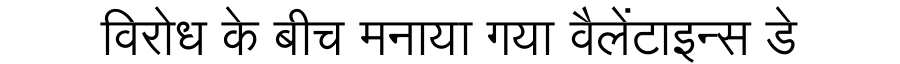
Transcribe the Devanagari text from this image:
विरोध के बीच मनाया गया वैलेंटाइन्स डे